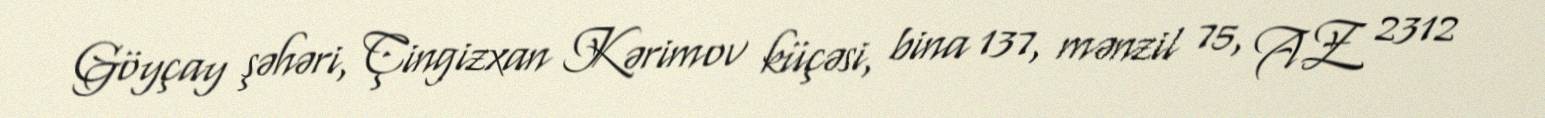
Göyçay şəhəri, Çingizxan Kərimov küçəsi, bina 137, mənzil 75, AZ 2312